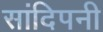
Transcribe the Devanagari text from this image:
सांदिपनी